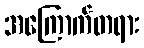
အကြောက်တရား